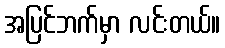
အပြင်ဘက်မှာ လင်းတယ်။